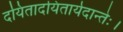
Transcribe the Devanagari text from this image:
दयितादयितार्यदान्तेः।